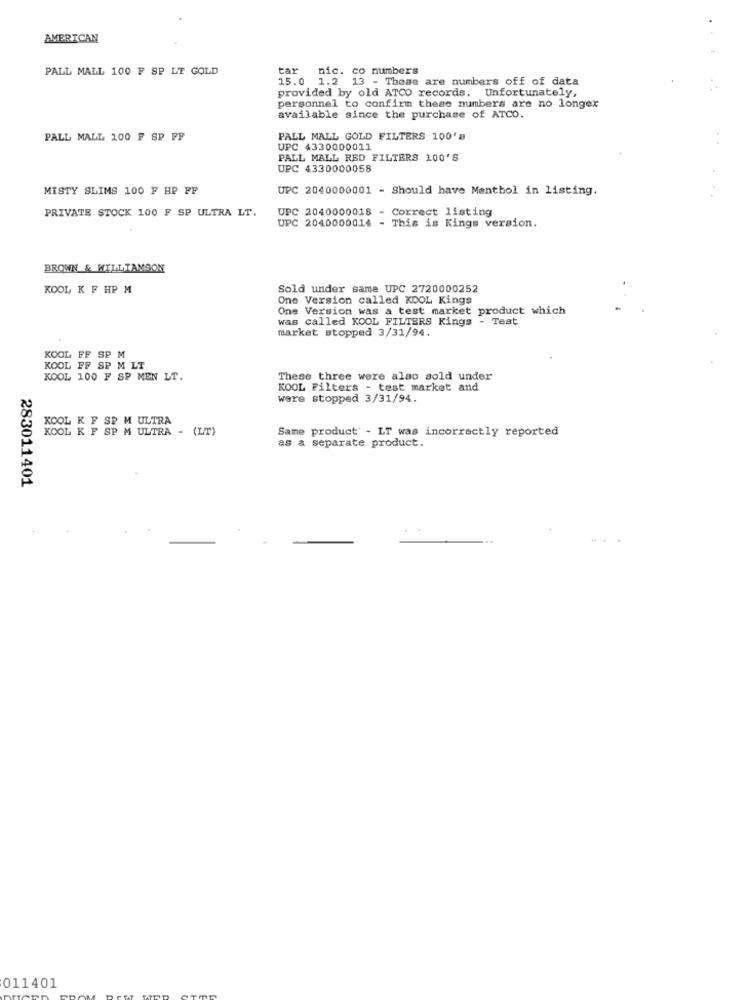
AMERICAN
PALL MALL 100 F SP LT GOLD
car
nic. co numbers
15.0 1.2 13 - These are numbers off of data
provided by old ATCO records. Unfortunately,
personnel to confirm these numbers are no longer
available since the purchase of ATCO.
PALL MALL 100 F SP FF
PALL MALL GOLD FILTERS 100's
UPC 4330000011
PALL MALL RED FILTERS 100'S
UPC 4330000058
MISTY SLIMS 100 F HP FF
UPC 2040000001 - Should have Menthol in listing.
PRIVATE STOCK 100 F SP ULTRA LT.
UPC 2040000018 - Correct listing
UPC 2040000014 - This is Kings version.
BROWN & WILLIAMSON
KOOL K F HP M
Sold under same UPC 2720000252
One Version called KDOL Kings
One Version was a test market product which
was called KOOL FILTERS Kings - Teat
market stopped 3/31/94.
KOOL FF SP M
KOOL FF SP M LT
KOOL 100 F SP MEN LT.
These three were also sold under
KOOL Filters - test market and
were stopped 3/31/94.
KOOL K F SP M ULTRA
KOOL K F SP M ULTRA - (LT)
Same product - LT was incorrectly reported
as a separate product.
283011401
011401